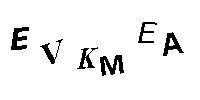
EVKMEA